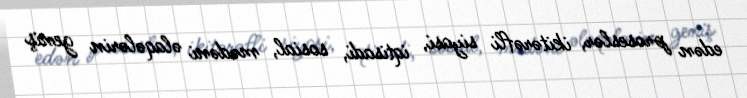
edən proseslər, ikitərəfli siyasi, iqtisadi, sosial, mədəni əlaqələrin geniş